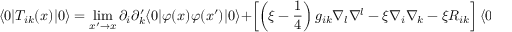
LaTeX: \langle 0 | T _ { i k } ( x ) | 0 \rangle = \operatorname * { l i m } _ { x ^ { \prime } \rightarrow x } \partial _ { i } \partial _ { k } ^ { \prime } \langle 0 | \varphi ( x ) \varphi ( x ^ { \prime } ) | 0 \rangle + \left[ \left( \xi - \frac { 1 } { 4 } \right) g _ { i k } \nabla _ { l } \nabla ^ { l } - \xi \nabla _ { i } \nabla _ { k } - \xi R _ { i k } \right] \langle 0 | \varphi ^ { 2 } ( x ) | 0 \rangle ,